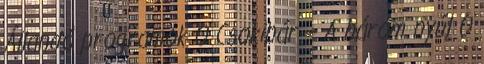
Állandó programok 0 Csokibár – A három nyúl 0